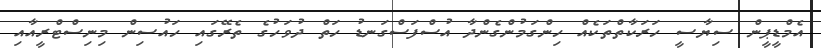
އެމްޑީޕީން ސިޔާސީ ހަރަކާތްތަކެއް ހިންގަމުންގެންދާ އުސްފަސްގަނޑު ހަތް ދުވަހުގެ ތެރޭގައި ހައުސިން މިނިސްޓްރީއާއި